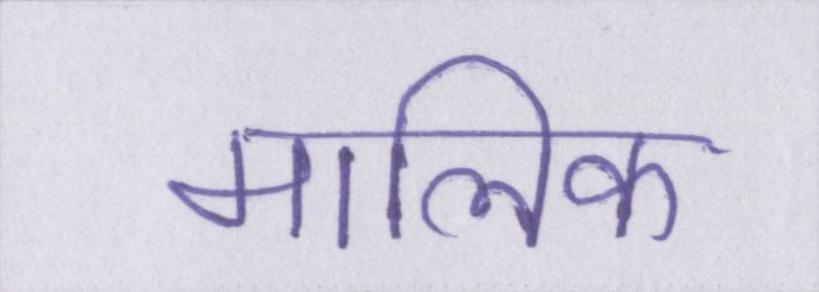
मालिक